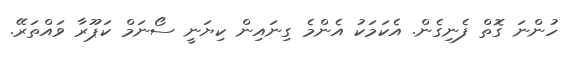
ހުންނަ ގޮތް ފެނިގެން. އެކަމަކު އެންމެ ގިނައިން ކިޔަނީ ސޯނަމް ކަޕޫރާ ވައްތަރޭ.